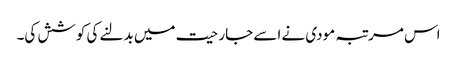
اس مرتبہ مودی نے اسے جارحیت میں بدلنے کی کوشش کی۔